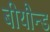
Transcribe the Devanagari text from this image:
बीयौन्ड